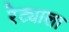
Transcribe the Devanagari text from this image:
रेट्याला